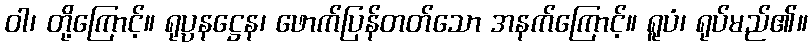
ဝါ၊ တို့ကြောင့်။ ရုပ္ပနဋ္ဌေန၊ ဖောက်ပြန်တတ်သော အနက်ကြောင့်။ ရူပံ၊ ရုပ်မည်၏။